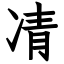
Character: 凊